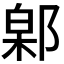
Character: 𬪎